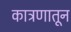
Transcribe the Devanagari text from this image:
कात्रणातून